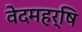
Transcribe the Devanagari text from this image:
वेदमहर्षि